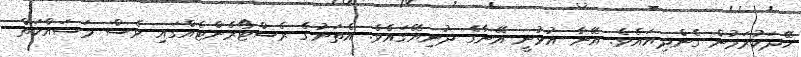
ހޭދަކުރަމުން ގެންދިޔައެވެ. އޭނާ އުޅުނީ އޭނާގެ ދުނިޔޭގައެވެ. އެތަނުގެ ރެސްޓޯރެންޓެއްގައި ވެސް މަސައްކަތް